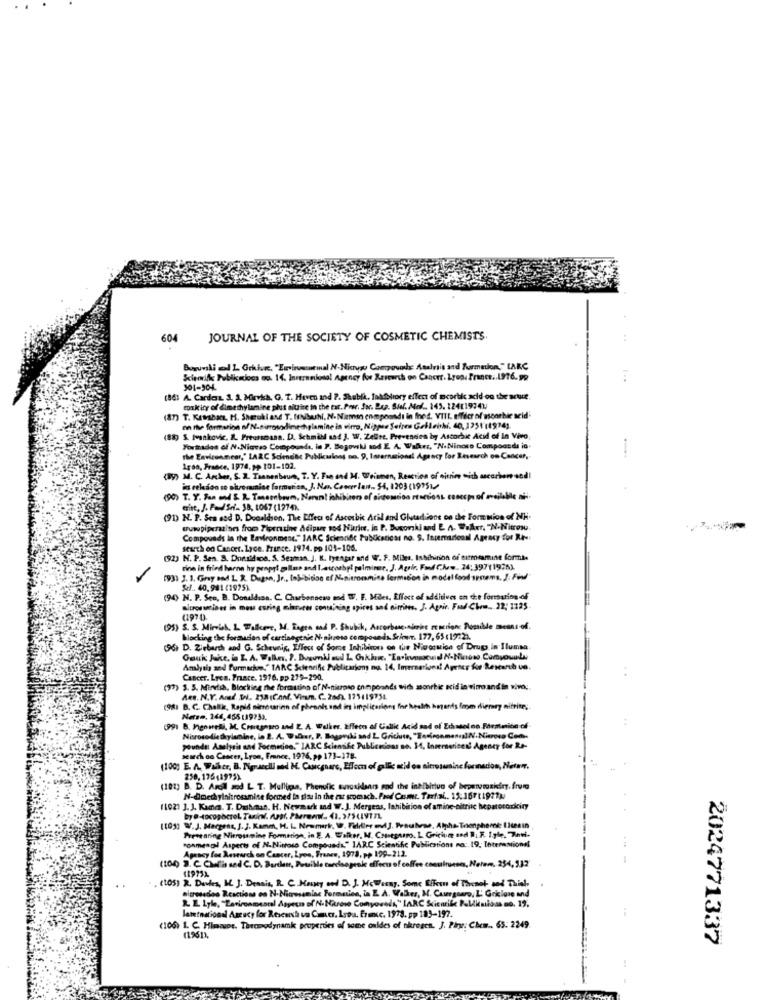
604
JOURNAL OF THE SOCIETY OF COSMETIC CHEMISTS.
Burundi od L Grihre, "Emirventinal N-Nicys) Comovale Asalris and Formation," LARC
Sciemife Pubikniocs oo. 14. Inreramiosal Agency for Research on Cancer. Lyon, France .. 1976. 99
1001-904
(86) A. Cardosz. S. S. Mirvish, G. T. Heven and ?. Shebla, faktory effect of mcorbic acid-on the artur.
toxik ity of dimethylamine phut aittice in the tar. Por. Jor. Dep. S.f. Med .. 143. 124119741
(87) T. KAMbart. H. Shuklase T. frubushi, N. Niemm compounds in fhet. VIII affiler of ascorbie acid
en tive formation o/ N-pirosodimethylamine in vitro, Nippes Seines Gellenhi. 40, 1251 11974;
(88) S. Ivankovic, R. Freussmann. D. Schmikl sad J. W. Zelee. Prevences by Ascorbic Acid of In Vivo
Forthades of N.Niavso Compounds, in P. Bogovski and E A. Walter, "N. Ninoro Compoanda in.
the Eavicenmeer," LARC Sciend&c Publications no. 9. Iorernacional Agency for Research on Cancer,
Lyon, France, 1974. >p 101-102.
(89) M. C. Archer, S. 2. Taanenbaus, T. Y. Fre and M. Weinmen, Reaction of sitrim with ascarbon end!
(90) T. Y. Fan and & R. Tasembaum, Nern! inhibiten of sistemdoa rtsctions concep of available afi-
tire, J. PadSei. 38, 1067 (1774%.
(91) N. P. Sen esd D. Donaldson. The Effect of Ascorbic Atil and Glutad Jons on the Form mion of NH.
wuwpiperszines from Tipertine Adipur sod Hurite, in P. Busorski and E. A. Walker, "N-Nitrox
Compoveds in the Bavironment." IARC Scientific Publications no. 9. Internacional Agency for Re:
search on Cancer. Lyce. Prince. 1974. po 101-106.
(92) N. P. Sen. B. Donald toa. S. Seaman. J. IL. Iyengar and W. F. Miles. Inhibition of eitmeamint formie
1
rine in fried barne hy penpr! gline and letcorby! palmine, J. Agrkr, Fred Chew. 24: 397(1976).
(93) 3. 1. Gray and L R. Dugen, Jr ., tobebidon ef Nonitronmise fermicon in model food synems, J: Find"
SJ. 40.981(1975).
(94) N. P. Sto, B. Donaldson. C. Charbonneau and W. E. MBes, Effect of additives en che formation of
mitrosusines in moss curing miarices containing spices and nitrins. J. Again. Fund Chem. 22; 1325.
(95) S. S. Mirvish, L Wollene, M. Bogen and P. Shubik, Ancorbase,sierine reperion: Possible means of.
Blocking the formation of carcinogenic N- nitroso composeda. Sricer. 177,65 (1922).
(96 D. Zirbarch and G. Scheveis, Effect of Some Inhibiron on the Nivossion of Drugs in Ilumaa.
Couk Jake, in L. A. Walker. 2. Downki aud L Crkken. "Estivoszuid NoNicdns. ComyouLy
Amlysis and furmachen." TARC Scientific Publications no. 14, Imernations! Apeter for Research un.
Cancer. Lyen. Prace. 1976, pp 279-290.
(97) 3. 5. Mint, Blocking the brouies of N-nitroso camponês vic sorbic acid in vitroand'in vivo;
Ams. N.Y. Ared. Wi. 238 (Conf. Vinum. C. 206). 175119754.
(98) D. C. Challk, Rapid mientarinn of phennis and ins implications for health hearts fmm dierary nitrite;
Nærse, 264, 455 (1973).
(99) B. Ingnuresi, M. Comegearo and Z. A. Walker. Effect of Callic Acid sad of Schaselon Formation of
Nitroso-die thylamine, la 2. A. Walker, P. Bogardki and L. Griciute, "Eedironmenos]N-Nitroso Com-
pounds: Analysis and Formedios." IARC Scienske Publicacions so. 14, Inversorices! Agency for Re-
search oo Cancer, Lyon, France, 1976, pp 173-178.
(100) E. A. Walker, B. Migrsedili und M. Cancgnare, Effect of gallic acid en nitrosaminc formacion, Natay.
258, 17648975).
3B. D. Aroll and L T. Mulliga, Phenolic aurasidanrs and the inhibittuo of bepermaking, frum
N-dmeth ylaitrossmine formed ta slau In the zat stomach. Food Casmur. Tartal .. 15:16711927)
(102) ]. J. Kamm. T. Dushan. H. Newmark and W.J. Mergens, Inhibition of amine nitric hepatotorkiny
(105) W.J. Margens, J. J. Kamm, H. L. Newmark, W. FHliler andJ. Prauhrae, Alpha- Toonphemne 1)tesin
Presearing Nierosamine Formation, in E. A. Wsiker, M. Cassegorro. L. Griciuge and R, R. I.yle, The.
Ponmengel Asperts of N-Nitroso Compounds." IAB.C Scientific Publications na: 19, Interessiond
Agency for Research on Cancer, Lyon, France, 1973, pp 199-212.
(104) 3. C. Chris and C. D. Dertien, Pousible tarelsopeak offocu of coffee constituent, Netam, 254, 512
. (105) R. Dautes, IL. ]. Dennis, R. C. Masny and D. J. McWesay. Some Elfen of Thenot and Thiel,
algrosados Reactions os N-Nitrosaminc Formation, in E. A. Walker, M. Casergoaro, L' Grilore and
latetnational Aac acy for Research un Contr, Lyoa. fracc. 1978. pp 183-197.
(106) 1. C. Himaior. Thecnodynamk properties of some caldes of nkreses. J. Ping. Chem .. 65: 2249
(1961),
2024771337